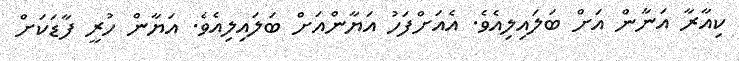
ކިއާރާ އަނާން އަށް ބަލައިލިއެވެ. އެއަށްފަހު އަޔާންއަށް ބަލައިލިއެވެ. އަޔާން ހުރީ ފާޑަކަށް